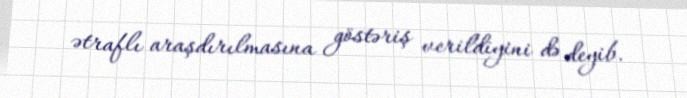
ətraflı araşdırılmasına göstəriş verildiyini də deyib.